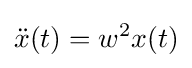
{\ddot {x}}(t)=w^{2}x(t)